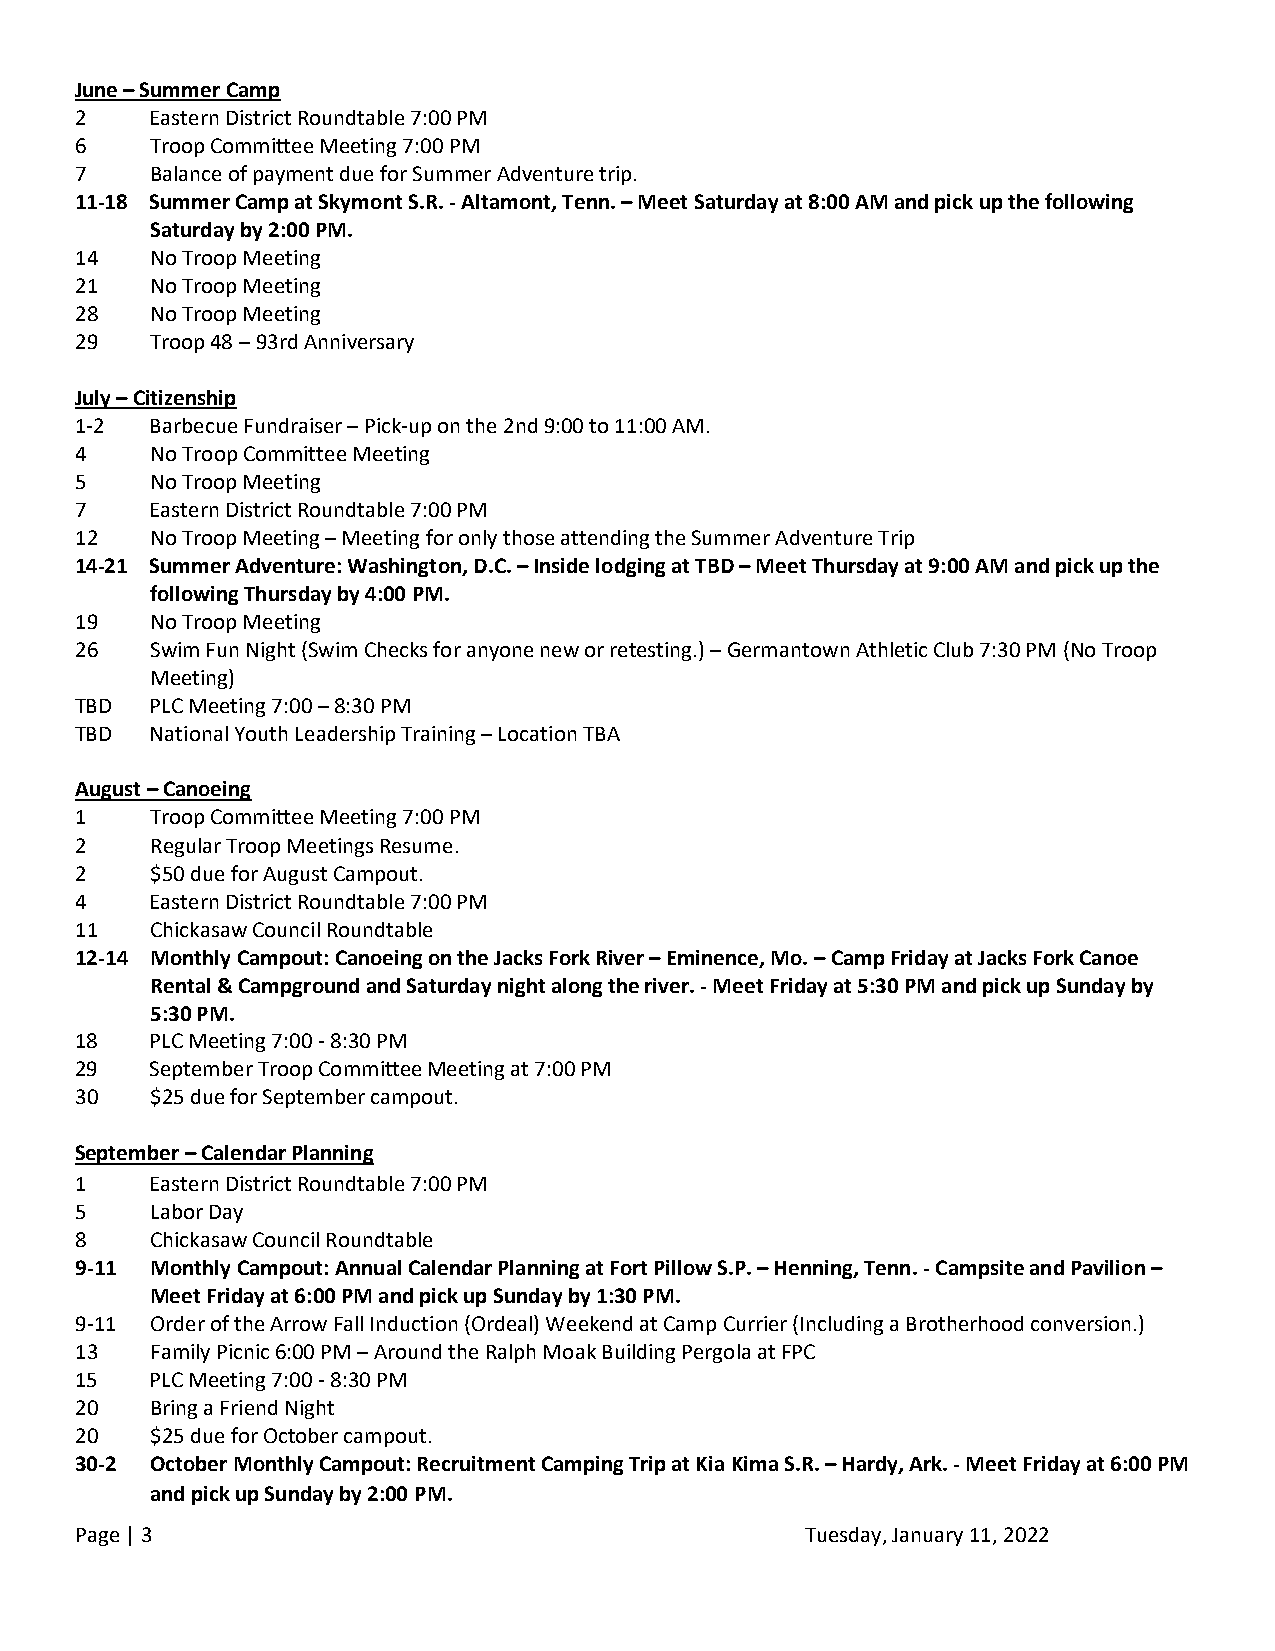
June – Summer Camp
 2    Eastern District Roundtable 7:00 PM
 6    Troop Committee Meeting 7:00 PM
 7    Balance of payment due for Summer Adventure trip.
 11-18 Summer Camp at Skymont S.R. - Altamont, Tenn. – Meet Saturday at 8:00 AM and pick up the following
 Saturday by 2:00 PM.
 14   No Troop Meeting
 21   No Troop Meeting
 28   No Troop Meeting
 29   Troop 48 – 93rd Anniversary
 July – Citizenship
 1-2  Barbecue Fundraiser – Pick-up on the 2nd 9:00 to 11:00 AM.
 4    No Troop Committee Meeting
 5    No Troop Meeting
 7    Eastern District Roundtable 7:00 PM
 12   No Troop Meeting – Meeting for only those attending the Summer Adventure Trip
 14-21 Summer Adventure: Washington, D.C. – Inside lodging at TBD – Meet Thursday at 9:00 AM and pick up the
 following Thursday by 4:00 PM.
 19   No Troop Meeting
 26   Swim Fun Night (Swim Checks for anyone new or retesting.) – Germantown Athletic Club 7:30 PM (No Troop
 Meeting)
 TBD  PLC Meeting 7:00 – 8:30 PM
 TBD  National Youth Leadership Training – Location TBA
 August – Canoeing
 1    Troop Committee Meeting 7:00 PM
 2    Regular Troop Meetings Resume.
 2    $50 due for August Campout.
 4    Eastern District Roundtable 7:00 PM
 11   Chickasaw Council Roundtable
 12-14 Monthly Campout: Canoeing on the Jacks Fork River – Eminence, Mo. – Camp Friday at Jacks Fork Canoe
 Rental & Campground and Saturday night along the river. - Meet Friday at 5:30 PM and pick up Sunday by
 5:30 PM.
 18   PLC Meeting 7:00 - 8:30 PM
 29   September Troop Committee Meeting at 7:00 PM
 30   $25 due for September campout.
 September – Calendar Planning
 1    Eastern District Roundtable 7:00 PM
 5    Labor Day
 8    Chickasaw Council Roundtable
 9-11 Monthly Campout: Annual Calendar Planning at Fort Pillow S.P. – Henning, Tenn. - Campsite and Pavilion –
 Meet Friday at 6:00 PM and pick up Sunday by 1:30 PM.
 9-11 Order of the Arrow Fall Induction (Ordeal) Weekend at Camp Currier (Including a Brotherhood conversion.)
 13   Family Picnic 6:00 PM – Around the Ralph Moak Building Pergola at FPC
 15   PLC Meeting 7:00 - 8:30 PM
 20   Bring a Friend Night
 20   $25 due for October campout.
 30-2 October Monthly Campout: Recruitment Camping Trip at Kia Kima S.R. – Hardy, Ark. - Meet Friday at 6:00 PM
 and pick up Sunday by 2:00 PM.
 Page | 3                                        Tuesday, January 11, 2022